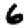
Digit: 6